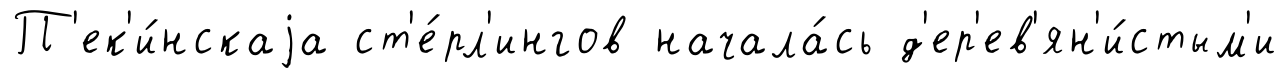
П'ек'и́нскаjа ст'е́рл'ингов начала́сь д'ер'ев'ян'и́стым'и